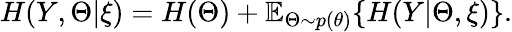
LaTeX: H(Y,\Theta|\xi)=H(\Theta)+\mathbb{E}_{\Theta\sim p(\theta)}\{ H(Y|\Theta,\xi)\} .